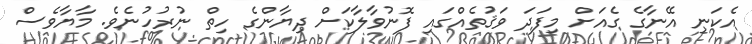
އެކަނި އޭނާގެ ގެއަށް މިފަދަ ވަޤުތެއްގައި ފޮނުވާލާކަށް ދިޔާންގެ ހިތް ނުރުހުނެވެ. މާޔާވެސް